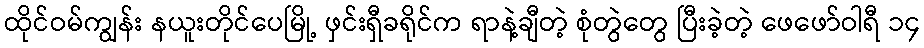
ထိုင်ဝမ်ကျွန်း နယူးတိုင်ပေမြို့ ဖှင်းရှီခရိုင်က ရာနဲ့ချီတဲ့ စုံတွဲတွေ ပြီးခဲ့တဲ့ ဖေဖော်ဝါရီ ၁၄